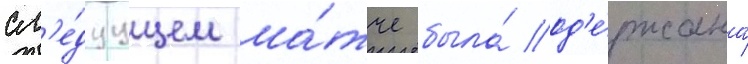
сл'е́дуущем ма́тче была́ од'е́ржана